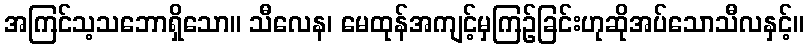
အကြင်သ့သဘောရှိသော။ သီလေန၊ မေထုန်အကျင့်မှကြဉ်ခြင်းဟုဆိုအပ်သောသီလနှင့်။